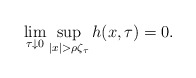
\begin{align*} \lim_{\tau \downarrow 0}\sup_{|x| > \rho \zeta_{\tau}} h(x,\tau) = 0.\end{align*}